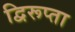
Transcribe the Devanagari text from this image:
द्विरूप्ता